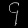
Digit: ၄